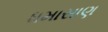
ધમાસાણ